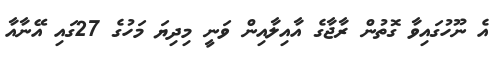
އެ ނޫހުގައިވާ ގޮތުން ރާާޖާގެ އާއިލާއިން ވަނީ މިދިޔަ މަހުގެ 27ގައި އޭނާއާ